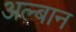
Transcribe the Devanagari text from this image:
अल्बान